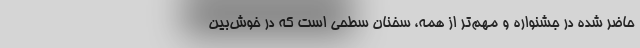
حاضر شده در جشنواره و مهم‌تر از همه، سخنان سطحی است که در خوش‌بین